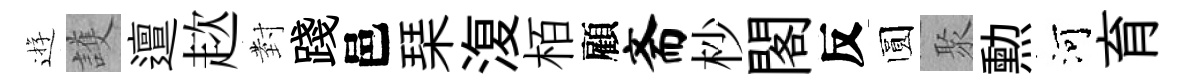
逰護邅趑𭔹踐邑琹𣸪栢顧斋杪閣反圆聚勲河育